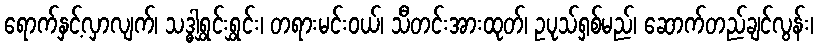
ရောက်နှင့်လှာလျက်၊ သဒ္ဓါရွှင်းရွှင်း၊ တရားမင်းဝယ်၊ သီတင်းအားထုတ်၊ ဥပုသ်ရှစ်မည်၊ ဆောက်တည်ချင်လွန်း၊